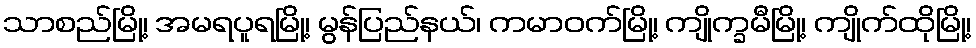
သာစည်မြို့၊ အမရပူရမြို့၊ မွန်ပြည်နယ်၊ ကမာဝက်မြို့၊ ကျိုက္ခမီမြို့၊ ကျိုက်ထိုမြို့၊